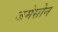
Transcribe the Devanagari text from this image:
जमेसोन